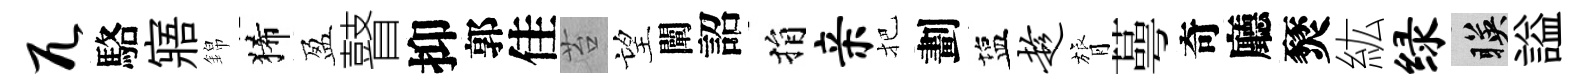
兀駱寤錦狶盈瞽抑郭佳苔望闡詔捐亲把劃塩趁膂蕚奇廳燹紘绿暎謚